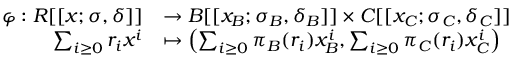
\begin{array} { r l } { \varphi : R [ [ x ; \sigma , \delta ] ] } & { \to B [ [ x _ { B } ; \sigma _ { B } , \delta _ { B } ] ] \times C [ [ x _ { C } ; \sigma _ { C } , \delta _ { C } ] ] } \\ { \sum _ { i \geq 0 } r _ { i } x ^ { i } } & { \mapsto \left( \sum _ { i \geq 0 } \pi _ { B } ( r _ { i } ) x _ { B } ^ { i } , \sum _ { i \geq 0 } \pi _ { C } ( r _ { i } ) x _ { C } ^ { i } \right) } \end{array}